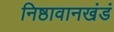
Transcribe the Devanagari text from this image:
निष्ठावानखंडं